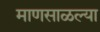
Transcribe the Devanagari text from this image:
माणसाळल्या